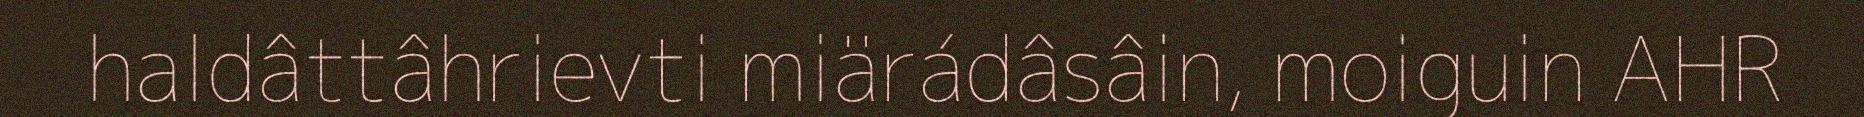
haldâttâhrievti miärádâsâin, moiguin AHR